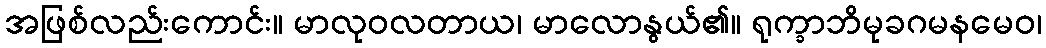
အဖြစ်လည်းကောင်း။ မာလုဝလတာယ၊ မာလောနွယ်၏။ ရုက္ခာဘိမုခဂမနမေဝ၊